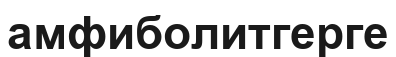
амфиболитгерге